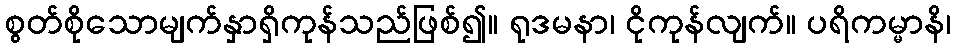
စွတ်စိုသောမျက်နှာရှိကုန်သည်ဖြစ်၍။ ရုဒမနာ၊ ငိုကုန်လျက်။ ပရိကမ္မာနိ၊